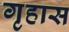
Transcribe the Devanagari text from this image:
गृहास